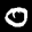
Label: 0